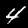
Label: 4